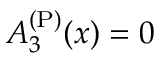
A _ { 3 } ^ { \mathrm { ( P ) } } ( x ) = 0